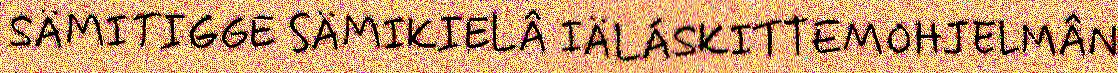
SÄMITIGGE SÄMIKIELÂ IÄLÁSKITTEMOHJELMÂN